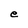
Character: e